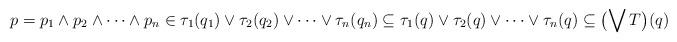
LaTeX: \begin{align*} p = p_1 \wedge p_2 \wedge \dots \wedge p_n \in \tau_1(q_1) \vee \tau_2(q_2) \vee \dots \vee \tau_n(q_n) \subseteq \tau_1(q) \vee \tau_2(q) \vee \dots \vee \tau_n(q) \subseteq \bigl(\bigvee T\bigr)(q) \end{align*}